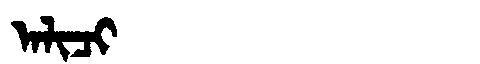
Manchu: ᠠᠯᡳᠴᡳ
Romanization: ALICI